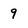
Character: 9